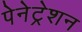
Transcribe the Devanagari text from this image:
पेनेट्रेशन